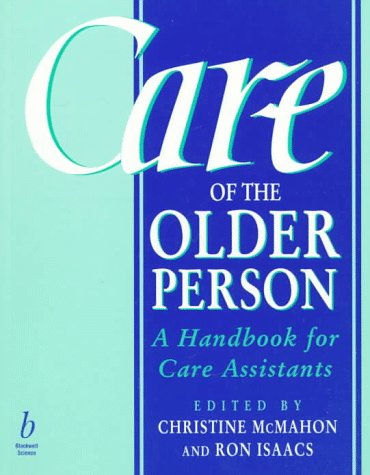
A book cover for Care of the Older Person: A Handbook for Care Assistants; Medical Books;